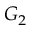
G _ { 2 }